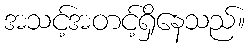
အသင့်အတင့်ရှိနေသည်။